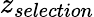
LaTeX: z_{selection}